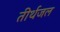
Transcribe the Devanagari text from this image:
तीर्थजल